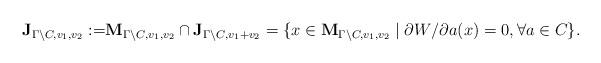
LaTeX: \begin{align*}\bold{J}_{\Gamma\backslash C, v_1, v_2}:=&\bold{M}_{\Gamma\backslash C, v_1, v_2} \cap \bold{J}_{\Gamma\backslash C, v_1+v_2}= \{x \in \bold{M}_{\Gamma\backslash C, v_1, v_2} \mid {\partial W}/{\partial a}(x)=0, \forall a\in C\}.\end{align*}